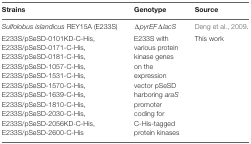
<table><thead><tr><td><b>Strains</b></td><td><b>Genotype</b></td><td><b>Source</b></td></tr></thead><tbody><tr><td><i>Sulfolobus islandicus</i> REY15A (E233S)</td><td>Δ<i>pyrEF</i>Δ<i>lacS</i></td><td>Deng et al., 2009.</td></tr><tr><td>E233S/pSeSD-0101KD-C-His,E233S/pSeSD-0171-C-His,E233S/pSeSD-0181-C-His,E233S/pSeSD-1057-C-His,E233S/pSeSD-1531-C-His,E233S/pSeSD-1570-C-His,E233S/pSeSD-1639-C-His,E233S/pSeSD-1810-C-His,E233S/pSeSD-2030-C-His,E233S/pSeSD-2056KD-C-His,E233S/pSeSD-2600-C-His</td><td>E233S with various protein kinase genes on the expression vector pSeSD harboring <i>araS</i> promoter coding for C-His-tagged protein kinases</td><td>This work</td></tr></tbody></table>